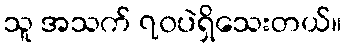
သူ အသက် ၇၀ပဲရှိသေးတယ်။